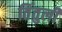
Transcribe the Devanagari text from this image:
तिंतुली